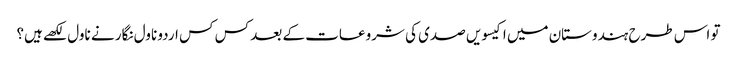
تو اس طرح ہندوستان میں اکیسویں صدی کی شروعات کے بعد کس کس اردو ناول نگار نے ناول لکھے ہیں؟